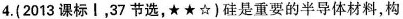
4.(2013课标Ⅰ，37节选，★★☆)硅是重要的半导体材料，构